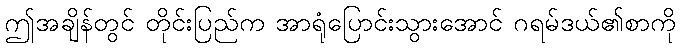
ဤအချိန်တွင် တိုင်းပြည်က အာရုံပြောင်းသွားအောင် ဂရမ်ဒယ်၏စာကို